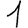
Digit: 1